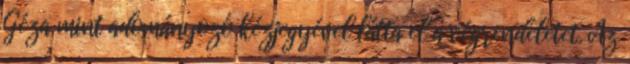
Géza mint adományozó kézjegyével látta el a végrendeletet. Az